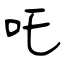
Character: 吒